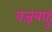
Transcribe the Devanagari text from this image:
वज्रबाहु